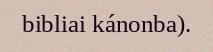
bibliai kánonba).